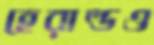
হেরাল্ডও